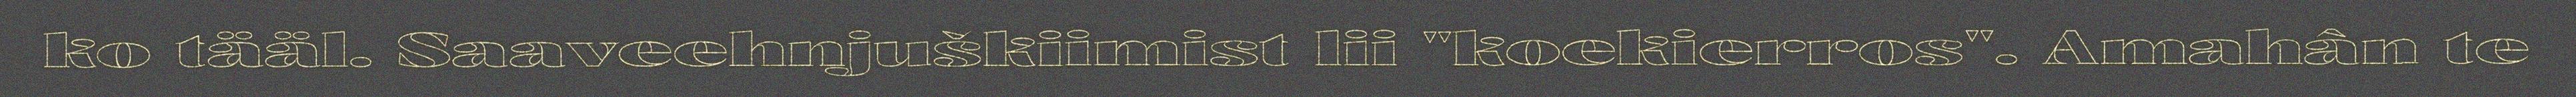
ko tääl. Saaveehnjuškiimist lii "koekierros". Amahân te